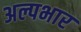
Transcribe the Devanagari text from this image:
अल्पभार